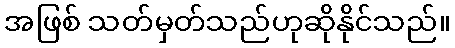
အဖြစ် သတ်မှတ်သည်ဟုဆိုနိုင်သည်။